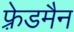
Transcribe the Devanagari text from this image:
फ़्रेडमैन